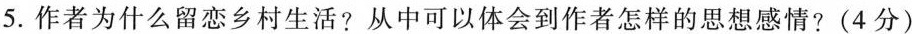
5.作者为什么留恋乡村生活?从中可以体会到作者怎样的思想感情?(4分)